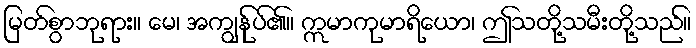
မြတ်စွာဘုရား။ မေ၊ အကျွန်ုပ်၏။ ဣမာကုမာရိယော၊ ဤသတို့သမီးတို့သည်။